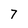
Character: 7